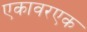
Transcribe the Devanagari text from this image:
एकावरएक